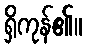
ရှိကုန်၏။